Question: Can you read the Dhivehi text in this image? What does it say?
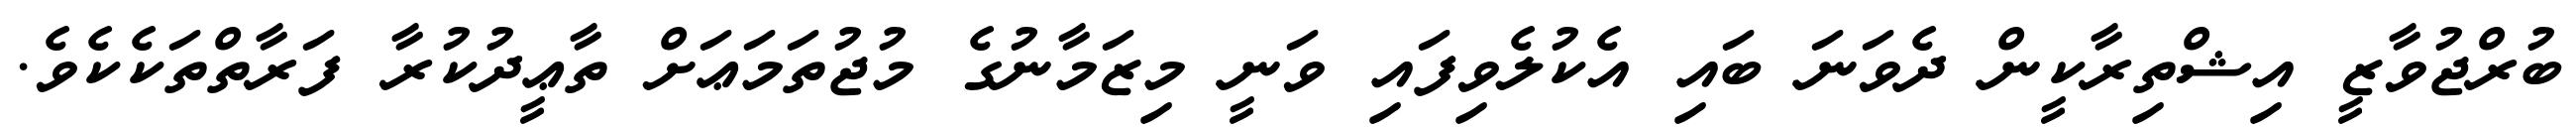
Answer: ބުރްޖުވާޒީ އިޝްތިރާކީން ދެވަނަ ބައި އެކުލެވިފައި ވަނީ މިޒަމާނުގެ މުޖުތަމަޢަށް ތާޢީދުކުރާ ފަރާތްތަކެކެވެ.